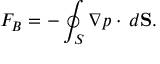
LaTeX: F _ { B } = - \oint _ { S } \nabla p \cdot \, d \mathbf { S } .